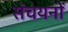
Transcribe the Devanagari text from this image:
संचयनों